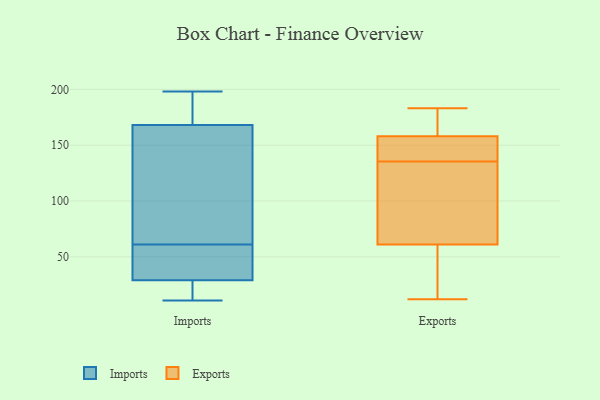
{"axis": {"x": "Headcount", "y": "Value"}, "legend": ["Exports", "Imports"], "data": [{"x": "", "y": 198, "type": "Imports"}, {"x": "", "y": 61, "type": "Imports"}, {"x": "", "y": 28, "type": "Imports"}, {"x": "", "y": 96, "type": "Imports"}, {"x": "", "y": 23, "type": "Imports"}, {"x": "", "y": 50, "type": "Imports"}, {"x": "", "y": 32, "type": "Imports"}, {"x": "", "y": 189, "type": "Imports"}, {"x": "", "y": 11, "type": "Imports"}, {"x": "", "y": 105, "type": "Imports"}, {"x": "", "y": 193, "type": "Imports"}, {"x": "", "y": 33, "type": "Exports"}, {"x": "", "y": 143, "type": "Exports"}, {"x": "", "y": 143, "type": "Exports"}, {"x": "", "y": 173, "type": "Exports"}, {"x": "", "y": 144, "type": "Exports"}, {"x": "", "y": 76, "type": "Exports"}, {"x": "", "y": 158, "type": "Exports"}, {"x": "", "y": 183, "type": "Exports"}, {"x": "", "y": 136, "type": "Exports"}, {"x": "", "y": 158, "type": "Exports"}, {"x": "", "y": 12, "type": "Exports"}, {"x": "", "y": 119, "type": "Exports"}, {"x": "", "y": 69, "type": "Exports"}, {"x": "", "y": 135, "type": "Exports"}, {"x": "", "y": 166, "type": "Exports"}, {"x": "", "y": 40, "type": "Exports"}, {"x": "", "y": 61, "type": "Exports"}, {"x": "", "y": 52, "type": "Exports"}]}